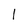
Character: l